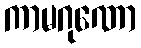
ကာမဂုဏော